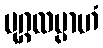
ပုဂ္ဂလမ္ပာဟံ